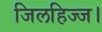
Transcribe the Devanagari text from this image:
जिलहिज्ज।